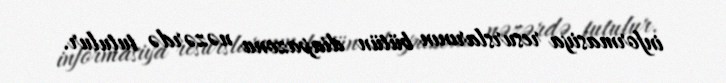
informasiya resurslarının bütün diapazonu nəzərdə tutulur.